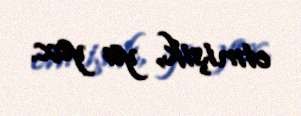
etmişik, ya yox.